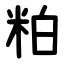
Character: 粕